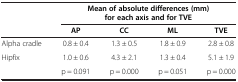
<table><thead><tr><td rowspan="2"><b> </b></td><td colspan="4"><b>Mean of absolute differences (mm) for each axis and for TVE</b></td></tr><tr><td><b>AP</b></td><td><b>CC</b></td><td><b>ML</b></td><td><b>TVE</b></td></tr></thead><tbody><tr><td>Alpha cradle</td><td>0.8 ± 0.4</td><td>1.3 ± 0.5</td><td>1.8 ± 0.9</td><td>2.8 ± 0.8</td></tr><tr><td>Hipfix</td><td>1.0 ± 0.6</td><td>4.3 ± 2.1</td><td>1.3 ± 0.4</td><td>5.1 ± 1.9</td></tr><tr><td> </td><td>p = 0.091</td><td>p = 0.000</td><td>p = 0.051</td><td>p = 0.000</td></tr></tbody></table>